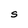
Character: S